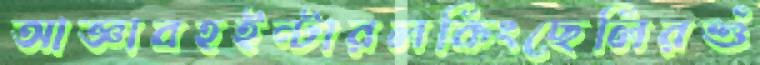
আজ্ঞাবহইন্টারলকিংছেলিরশুঁ